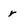
Character: r